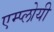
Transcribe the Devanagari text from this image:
एम्प्लोयी